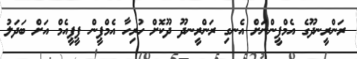
ރަންރީނދޫގެ އެމްޕީންނަށް އެނގި ރަންރީނދޫ ދޫކޮށް ހުރިހާ އެމްޕީން ޕީޕީއެމް އަށް ބަދަލު